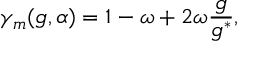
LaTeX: \gamma _ { m } ( g , \alpha ) = 1 - \omega + 2 \omega \frac { g } { g ^ { * } } ,